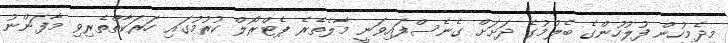
މިދެމީހުން ފުލުހުންގެ ބެލުމުގެ ދަށަށް ގެނެސްފައިވަނީ މާލެތެރެ ޕެޓްރޯލް ކުރުމުގައި ހަރަކާތްތެރިވި މާފަންނު